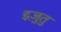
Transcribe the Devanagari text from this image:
इज़ुतु